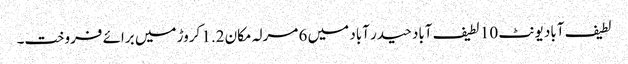
لطیف آباد یونٹ 10 لطیف آباد حیدر آباد میں 6 مرلہ مکان 1.2 کروڑ میں برائے فروخت۔